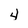
Character: 4